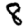
Digit: 8